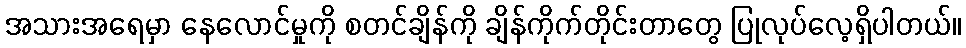
အသားအရေမှာ နေလောင်မှုကို စတင်ချိန်ကို ချိန်ကိုက်တိုင်းတာတွေ ပြုလုပ်လေ့ရှိပါတယ်။